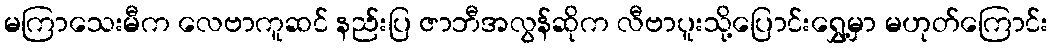
မကြာသေးမီက လေဗာကူဆင် နည်းပြ ဇာဘီအလွန်ဆိုက လီဗာပူးသို့ပြောင်းရွှေ့မှာ မဟုတ်ကြောင်း